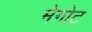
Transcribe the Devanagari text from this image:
मेगोट